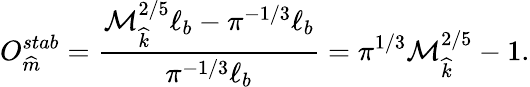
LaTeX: O_{\widehat{m}}^{stab}=\frac{\mathcal{M}_{\widehat{k}}^{2/5}\ell_{b}-\pi^{-1/3}\ell_{b}}{\pi^{-1/3}\ell_{b}}=\pi^{1/3}\mathcal{M}_{\widehat{k}}^{2/5}-1.